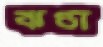
ঝণ্ডা